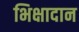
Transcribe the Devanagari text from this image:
भिक्षादान